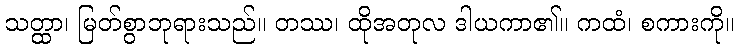
သတ္ထာ၊ မြတ်စွာဘုရားသည်။ တဿ၊ ထိုအတုလ ဒါယကာ၏။ ကထံ၊ စကားကို။